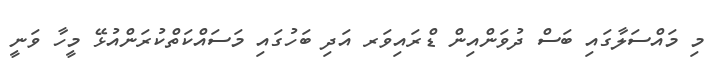
މި މައްސަލާގައި ބަސް ދުވަންއިން ޑްރައިވަރ އަދި ބަހުގައި މަސައްކަތްކުރަންއުޅޭ މީހާ ވަނީ